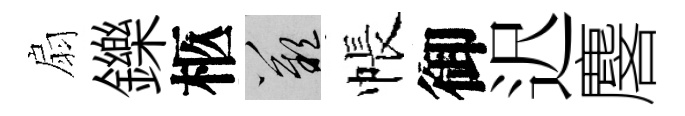
扇鑠柩嘆帳御迟麐